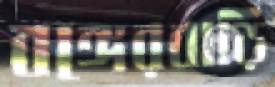
বঙ্গেরবাড়ি